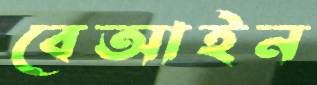
বেআইন